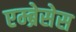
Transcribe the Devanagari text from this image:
एम्ब्रेसेस